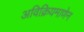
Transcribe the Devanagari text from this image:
अविक्रियमाणेन